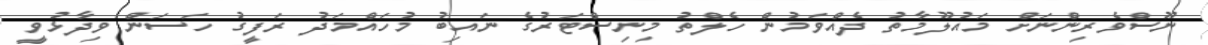
ނޫސްވެރިންނަށް މައުލޫމާތު ދެއްވަމުން ހެލްތު މިނިސްޓަރުގެ ނައިބު މުހައްމަދު ރަފީގު ހަސަން ވިދާޅުވީ